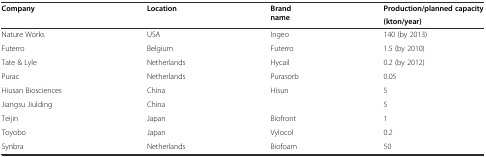
<table><thead><tr><td><b>Company</b></td><td><b>Location</b></td><td><b>Brand name</b></td><td><b>Production/planned capacity</b></td></tr><tr><td></td><td></td><td></td><td><b>(kton/year)</b></td></tr></thead><tbody><tr><td>Nature Works</td><td>USA</td><td>Ingeo</td><td>140 (by 2013)</td></tr><tr><td>Futerro</td><td>Belgium</td><td>Futerro</td><td>1.5 (by 2010)</td></tr><tr><td>Tate &amp; Lyle</td><td>Netherlands</td><td>Hycail</td><td>0.2 (by 2012)</td></tr><tr><td>Purac</td><td>Netherlands</td><td>Purasorb</td><td>0.05</td></tr><tr><td>Hiusan Biosciences</td><td>China</td><td>Hisun</td><td>5</td></tr><tr><td>Jiangsu Jiulding</td><td>China</td><td></td><td>5</td></tr><tr><td>Teijin</td><td>Japan</td><td>Biofront</td><td>1</td></tr><tr><td>Toyobo</td><td>Japan</td><td>Vylocol</td><td>0.2</td></tr><tr><td>Synbra</td><td>Netherlands</td><td>Biofoam</td><td>50</td></tr></tbody></table>